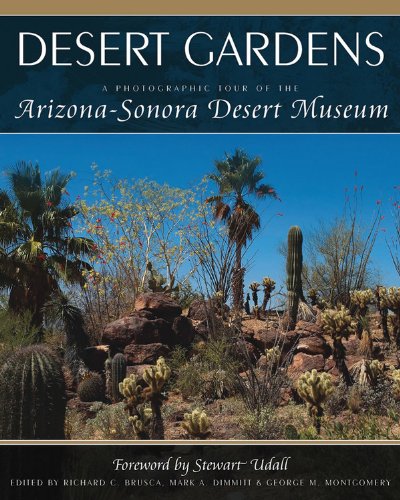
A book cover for Desert Gardens A Photographic Tour of the Arizona Sonora Desert Museum; Cool Springs Press; Crafts, Hobbies & Home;